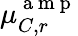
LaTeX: \mu_{C,r}^{\mathrm{~a~m~p~}}